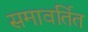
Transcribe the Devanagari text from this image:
समावर्तित